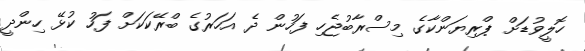
ހޮލީވުޑަށް ޕްރިޔަންކާގެ މިސްރާބުޖެހި ފަހުން ދެ އަހަރުގެ ބްރޭކަކަށް ފަހު ކުޅޭ ހިންދީ